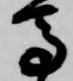
馬